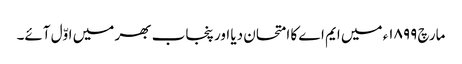
مارچ ١٨٩٩ء میں ایم اے کا امتحان دیا اور پنجاب بھر میں اوّل آئے۔